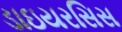
ડાઇયરસિસ